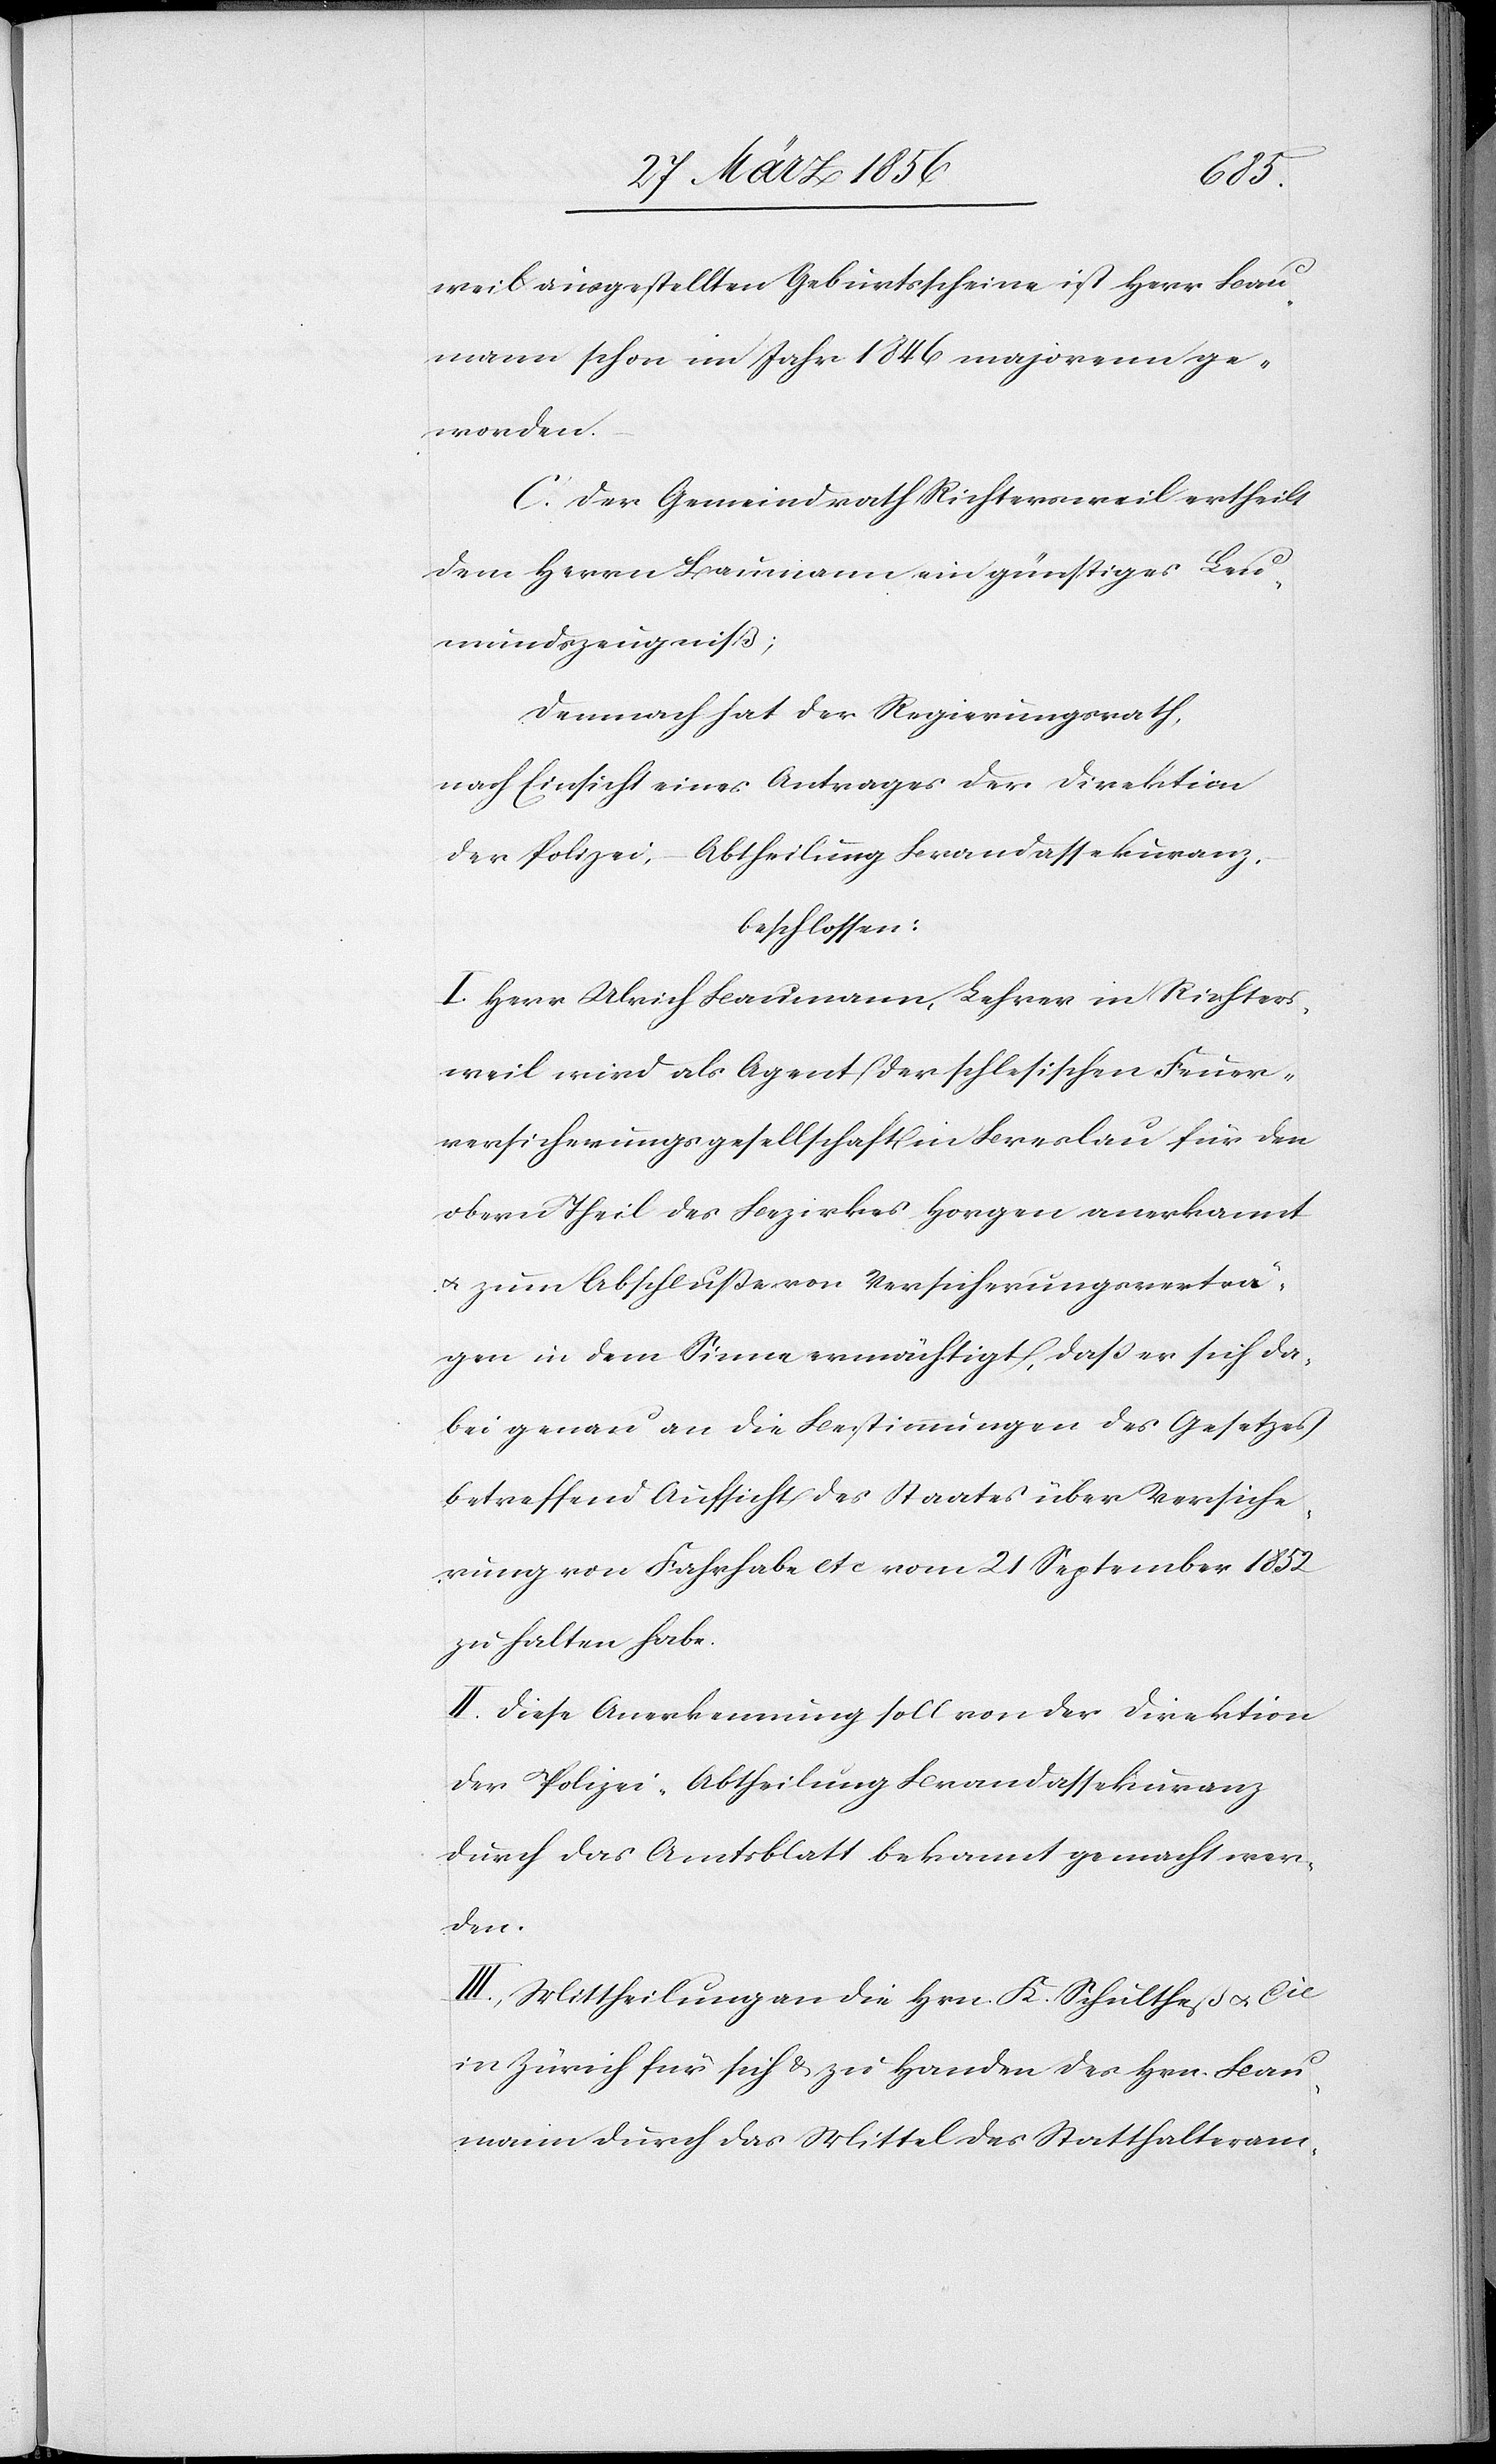
weil ausgestellten Geburtsscheine ist Herr Bau¬
mann schon im Jahr 1846 majorenn ge¬
worden.
C. Der Gemeindrath Richtersweil ertheilt
dem Herrn Baumann ein günstiges Leu¬
mundszeugniß;
demnach hat der Regierungsrath,
nach Einsicht eines Antrages der Direktion
der Polizei, – Abtheilung Brandassekuranz,
beschlossen:
I. Herr Ulrich Baumann, Lehrer in Richters¬
weil wird als Agent der schlesischen Feuer¬
versicherungsgesellschaft in Breslau für den
obern Theil des Bezirkes Horgen anerkannt
u. zum Abschluße von Versicherungsverträ¬
gen in dem Sinne ermächtigt, daß er sich da¬
bei genau an die Bestimmungen des Gesetzes
betreffend Aufsicht des Staates über Versiche¬
rung von Fahrhabe etc vom 21 September 1852
zu halten habe.
II. Diese Anerkennung soll von der Direktion
der Polizei-Abtheilung Brandassekuranz
durch das Amtsblatt bekannt gemacht wer¬
den.
III. Mittheilung an die Hrn. K. Schultheß u. Cie
in Zürich für sich & zu Handen des Hrn. Bau¬
mann durch das Mittel des Statthalteram-